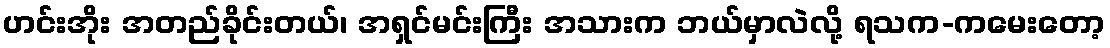
ဟင်းအိုး အတည်ခိုင်းတယ်၊ အရှင်မင်းကြီး အသားက ဘယ်မှာလဲလို့ ရသက-ကမေးတော့